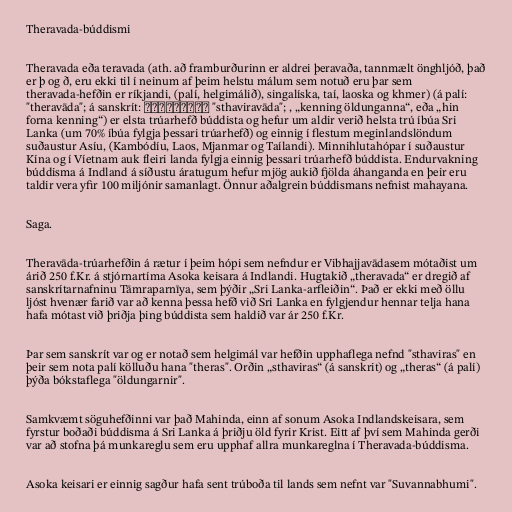
Theravada-búddismi

Theravada eða teravada (ath. að framburðurinn er aldrei þeravaða, tannmælt önghljóð, það
er þ og ð, eru ekki til í neinum af þeim helstu málum sem notuð eru þar sem
theravada-hefðin er ríkjandi, (palí, helgimálið), singalíska, taí, laoska og khmer) (á palí:
"theravāda"; á sanskrít: स्थविरवाद "sthaviravāda"; , „kenning öldunganna“, eða „hin
forna kenning“) er elsta trúarhefð búddista og hefur um aldir verið helsta trú íbúa Sri
Lanka (um 70% íbúa fylgja þessari trúarhefð) og einnig í flestum meginlandslöndum
suðaustur Asíu, (Kambódíu, Laos, Mjanmar og Taílandi). Minnihlutahópar í suðaustur
Kína og í Víetnam auk fleiri landa fylgja einnig þessari trúarhefð búddista. Endurvakning
búddisma á Indland á síðustu áratugum hefur mjög aukið fjölda áhanganda en þeir eru
taldir vera yfir 100 miljónir samanlagt. Önnur aðalgrein búddismans nefnist mahayana.

Saga.

Theravāda-trúarhefðin á rætur í þeim hópi sem nefndur er Vibhajjavādasem mótaðist um
árið 250 f.Kr. á stjórnartíma Asoka keisara á Indlandi. Hugtakið „theravada“ er dregið af
sanskrítarnafninu Tāmraparnīya, sem þýðir „Sri Lanka-arfleiðin“. Það er ekki með öllu
ljóst hvenær farið var að kenna þessa hefð við Sri Lanka en fylgjendur hennar telja hana
hafa mótast við þriðja þing búddista sem haldið var ár 250 f.Kr.

Þar sem sanskrít var og er notað sem helgimál var hefðin upphaflega nefnd "sthaviras" en
þeir sem nota palí kölluðu hana "theras". Orðin „sthaviras“ (á sanskrit) og „theras“ (á palí)
þýða bókstaflega "öldungarnir".

Samkvæmt söguhefðinni var það Mahinda, einn af sonum Asoka Indlandskeisara, sem
fyrstur boðaði búddisma á Sri Lanka á þriðju öld fyrir Krist. Eitt af því sem Mahinda gerði
var að stofna þá munkareglu sem eru upphaf allra munkareglna í Theravada-búddisma.

Asoka keisari er einnig sagður hafa sent trúboða til lands sem nefnt var "Suvannabhumi".